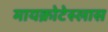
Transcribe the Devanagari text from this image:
मायक्रोटेस्लास